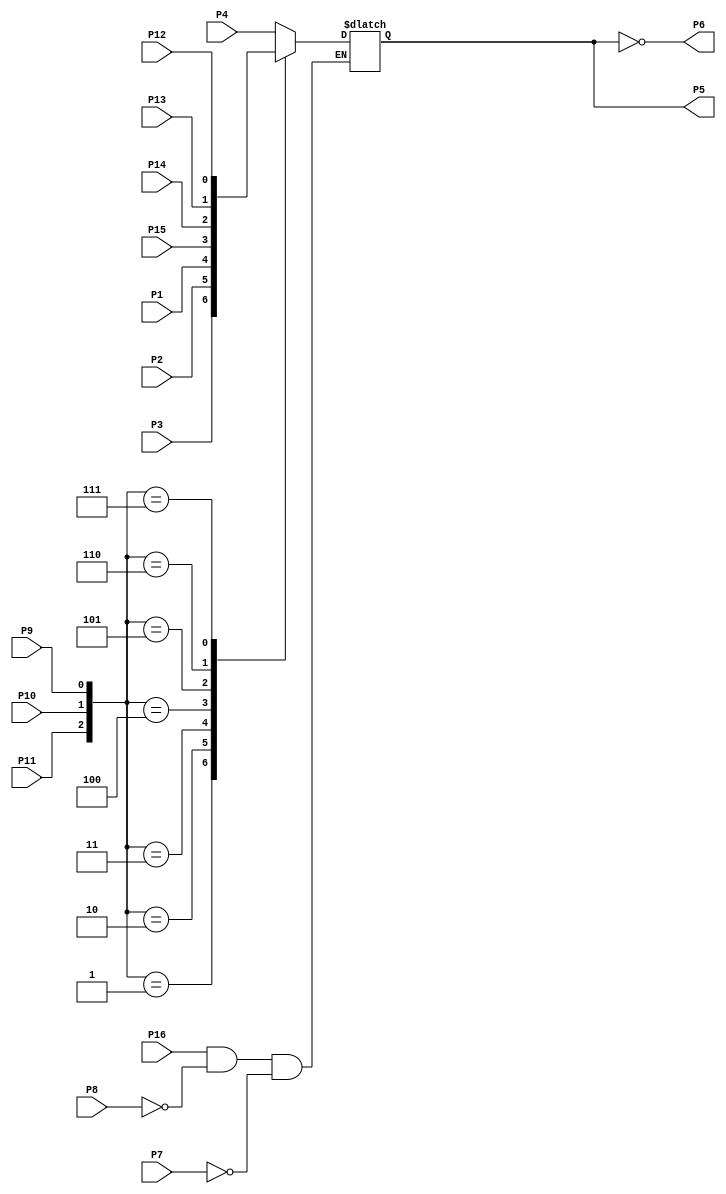
module sn74151 (P1,P2,P3,P4,P5,P6,P7,P8,P9,P10,P11,P12,P13,P14,P15,P16); 

   input wire P4, P3, P2, P1, P15, P14, P13, P12, P7, P11, P10, P9, P8, P16;
   //         I0  I1  I2  I3  I4   I5   I6   I7   E   S0   S1   S2  GND VCC
   output reg P5;  // Z
   output wire P6; // Z_BAR

   assign P6 = ~P5;

   always @(P1, P2, P3, P4, P7, P8, P9, P10, P11, P12, P13, P14, P15, P16) begin

      if ((P16 == 1'b 1) && (P8 == 1'b 0) &&  (P7 == 1'b 0)) begin
      
         case ({P11,P10,P9})
            3'b000: P5=P4; 
            3'b001: P5=P3;
            3'b010: P5=P2;
            3'b011: P5=P1;
            3'b100: P5=P15;
            3'b101: P5=P14;
            3'b110: P5=P13;
            3'b111: P5=P12;
         endcase 
      end
      
   end

endmodule